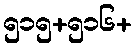
၅၁၅+၅၁၆+